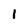
Character: 1